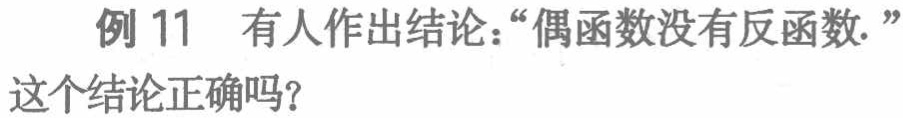
例 11 有人作出结论：“偶函数没有反函数.”这个结论正确吗？